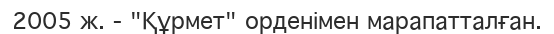
2005 ж. - "Құрмет" орденімен марапатталған.